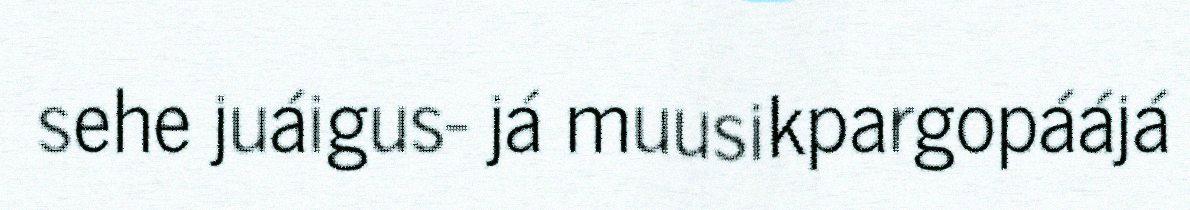
sehe juáigus- já muusikpargopáájá